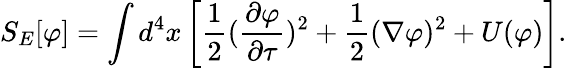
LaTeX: S_{E}[\varphi]=\int d^{4}{x}\left[{\frac{1}{2}}({\frac{\partial\varphi}{\partial\tau}})^{2}+{\frac{1}{2}}(\nabla\varphi)^{2}+U(\varphi)\right].